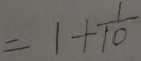
= 1 + \frac { 1 } { 1 0 }